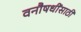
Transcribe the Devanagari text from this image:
वनौषधींसाठी